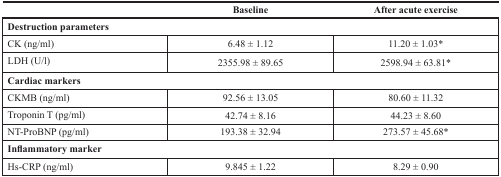
<table><thead><tr><td>[EMPTY_CELL]</td><td><b>Baseline</b></td><td><b>After acute exercise</b></td></tr></thead><tbody><tr><td colspan="3"><b>Destruction parameters</b></td></tr><tr><td>CK (ng/ml)</td><td>6.48 ± 1.12</td><td>11.20 ± 1.03*</td></tr><tr><td>LDH (U/l)</td><td>2355.98 ± 89.65</td><td>2598.94 ± 63.81*</td></tr><tr><td colspan="3"><b>Cardiac markers</b></td></tr><tr><td>CKMB (ng/ml)</td><td>92.56 ± 13.05</td><td>80.60 ± 11.32</td></tr><tr><td>Troponin T (pg/ml)</td><td>42.74 ± 8.16</td><td>44.23 ± 8.60</td></tr><tr><td>NT-ProBNP (pg/ml)</td><td>193.38 ± 32.94</td><td>273.57 ± 45.68*</td></tr><tr><td colspan="3"><b>Inflammatory marker</b></td></tr><tr><td>Hs-CRP (ng/ml)</td><td>9.845 ± 1.22</td><td>8.29 ± 0.90</td></tr></tbody></table>